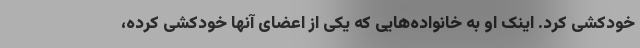
خودکشی کرد. اینک او به خانواده‌هایی که یکی از اعضای آنها خودکشی کرده،